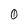
Character: 0